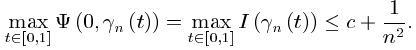
$\max _{t \in[0,1]} \Psi\left(0, \gamma_{n}(t)\right)=\max _{t \in[0,1]} I\left(\gamma_{n}(t)\right) \leq c+\frac{1}{n^{2}} .$